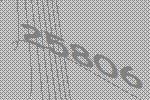
25806